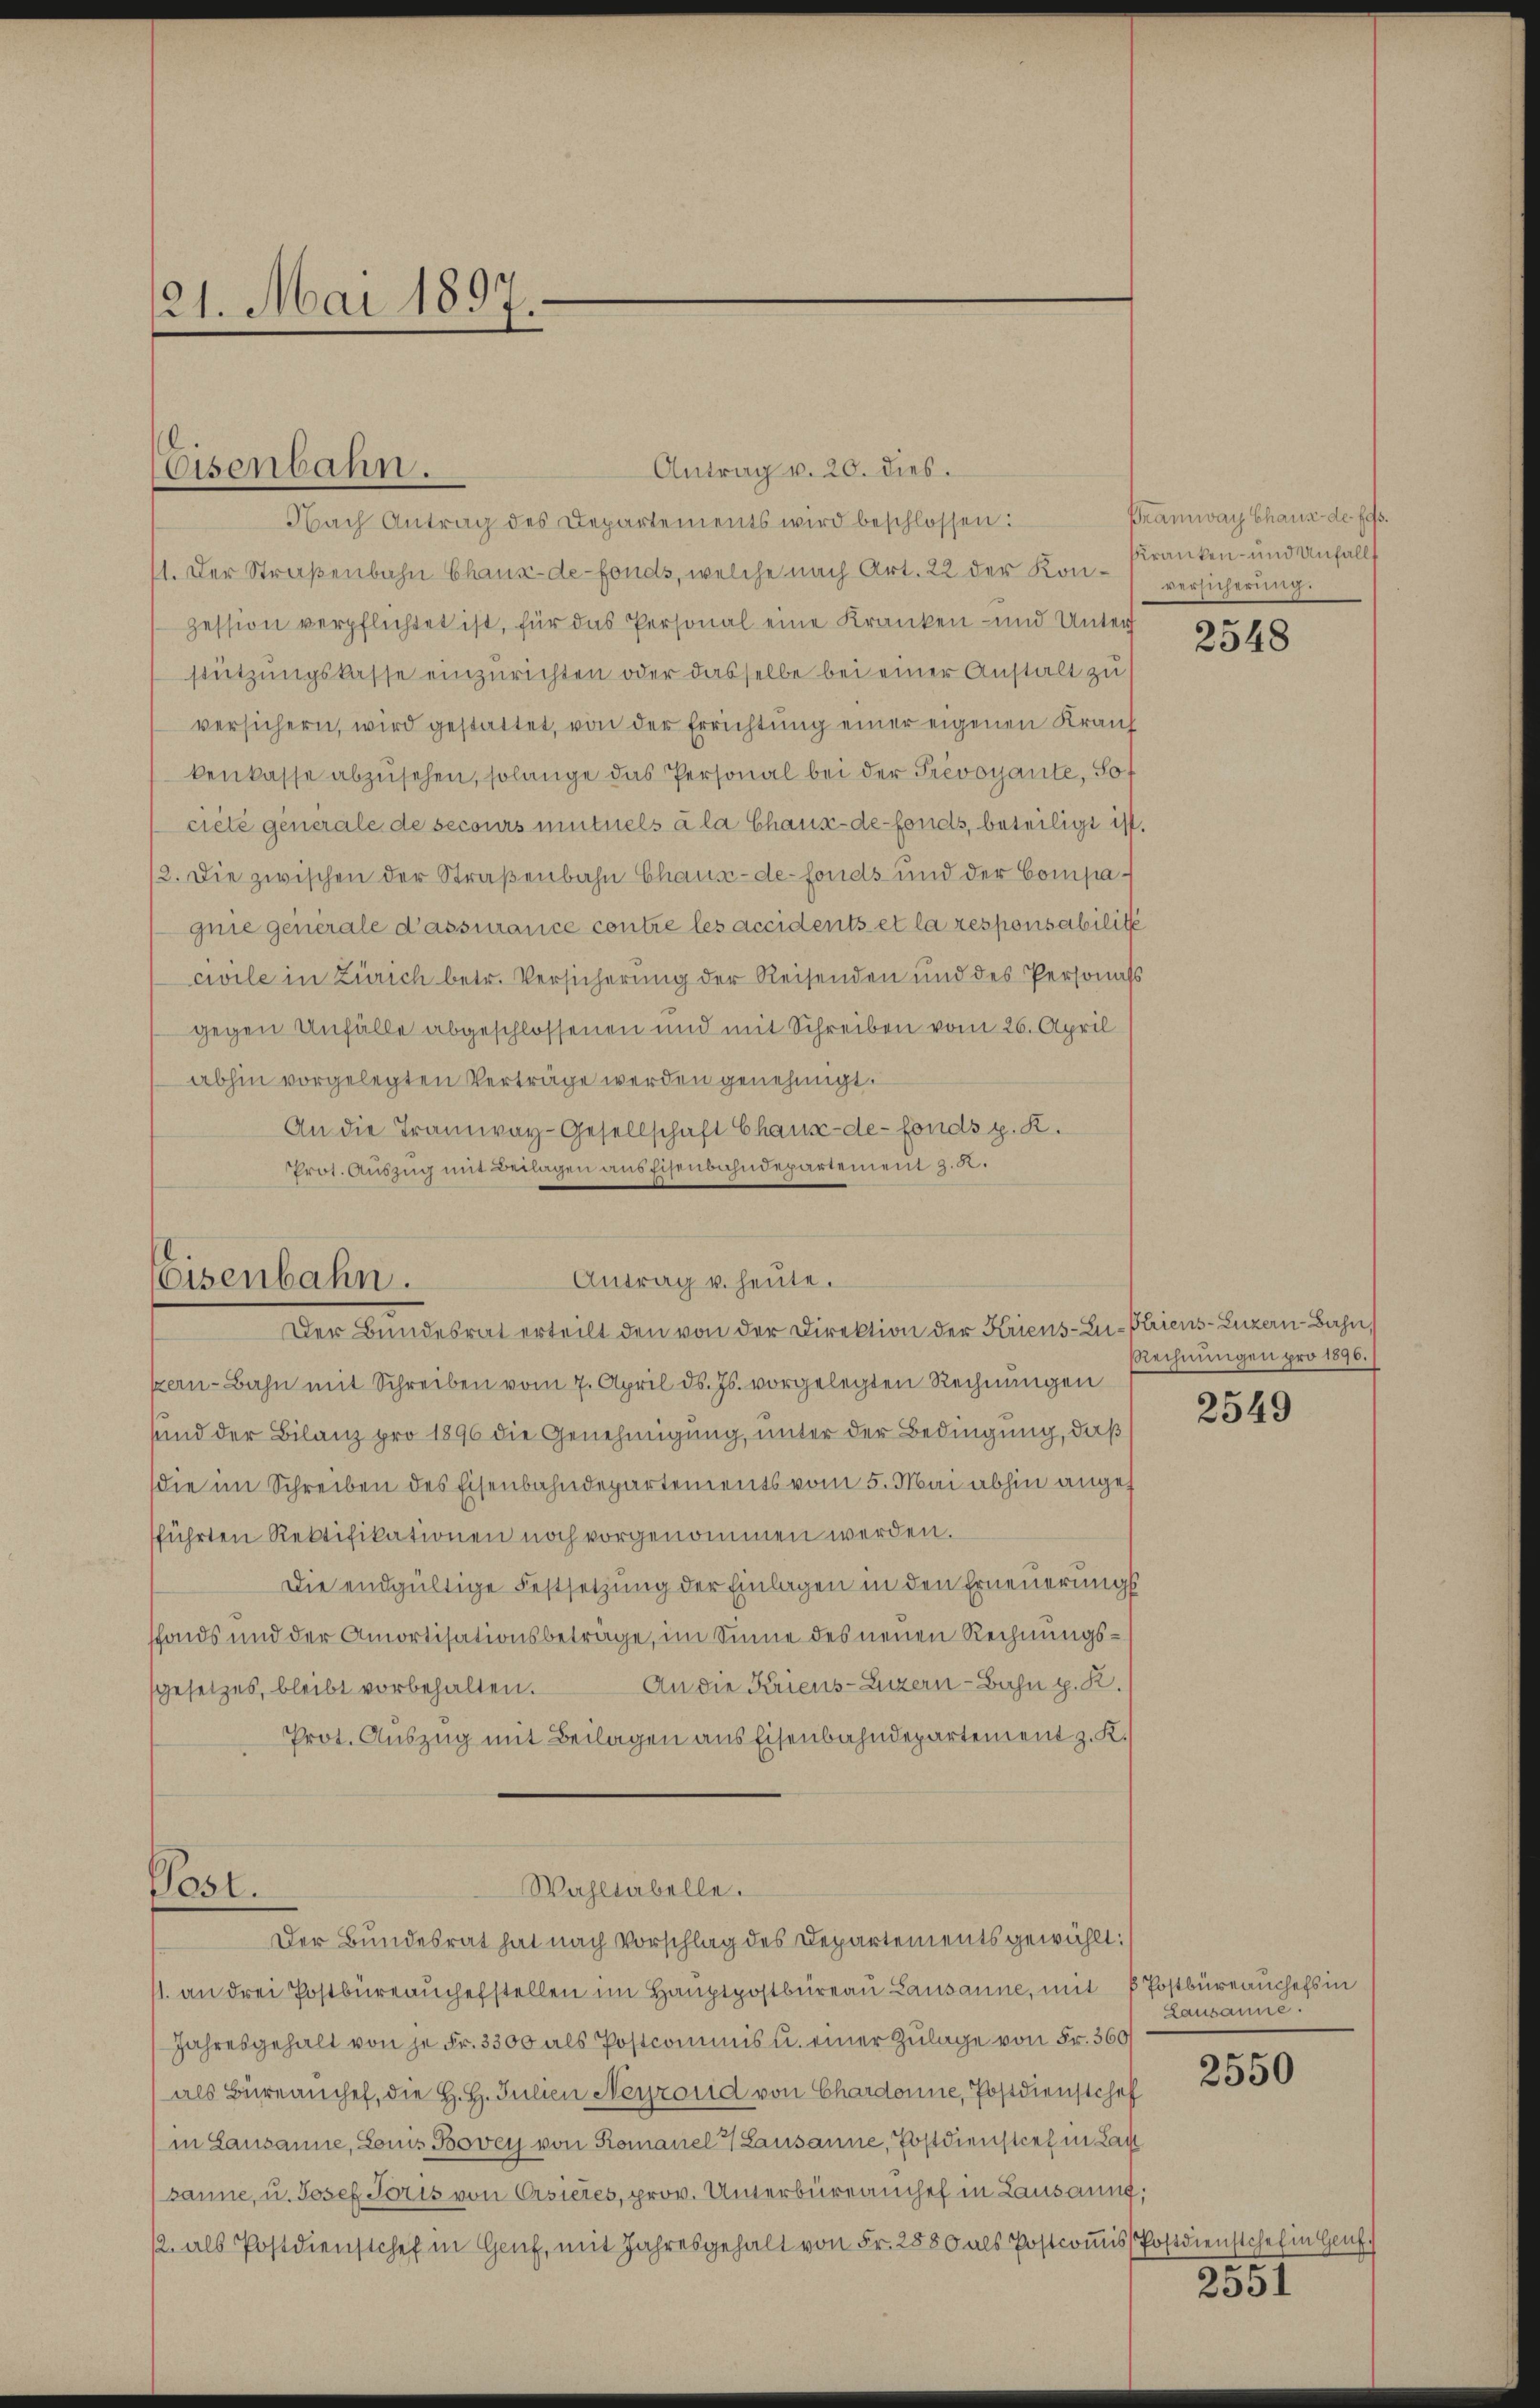
21. Mai 1897.

Eisenbahn.

Antrag v. 20. dies.
Nach Antrag des Departements wird beschlossen:
11. Der Straβenbahn Chaux-de-Fonds, welche nach Art. 22 der Kon- versicherŭng.
zession verpflichtet ist, für das Personal eine Kranken- und Unter
stützungskasse einzurichten oder dasselbe bei einer Anstalt zu
versichern, wird gestattet, von der Errichtung einer eigenen Krauf
kenkasse abzŭsehen, solange das Personal bei der Prevoyante, So
ciete generale de secours mutuels à la Chaux-de-Fonds, beteiligt ist.
12. Die zwischen der Straßenbahn Chaux-de-Fonds und der Compagnie generale d’assurance contre les accidents et la responsabilité
civile in Zürich betr. Versicherung der Reisenden und des Personats
gegen Unfälle abgeschlossenen und mit Schreiben vom 26. April
abhin vorgelegten Verträge werden genehmigt.
An die Tramway-Gesellschaft Chaux-de-Fonds z. R.
Prot. Auszug mit Beilagen aus Eisenbahndepartement z. R.
Antrag u. heute.
Eisenbahn.
Der Bundesrat erteilt den von der Direktion der Kriens-Zu-Plriens-Luzern Bahn,
kern-Bahn mit Schreiben vom 7. April d. Js. vorgelegten Rechnungen
sund der Bilanz pro 1890 die Genehmigung, unter der Bedingung, daß
die im Schreiben des Eisenbahndepartements vom 5. Mai abhin angef
fführten Rektifikationen noch vorgenommen werden.
Die endgültige Festsetzung der Einlagen in den Erneuerungs
ffonds und der Amortisationsbeträge, im Sinne des neuen Rechnungs¬
An die Kriens-Luzern - Bahn p. R.
sgesetzes, bleibt vorbehalten.
Prot. Auszug mit Beilagen aus Eisenbahndepartement z. K.

Post.
Wahltabelle.
Der Bundesrat hat nach Vorschlag des Departements gewählt:

11. an drei Postbüreaŭchefstellen im Hauptpostbüreau Lausanne, mit 8 Postbüreauchefs in
Jahresgehalt von je Fr. 3300 als Postcommis u. einer Zulage von Fr. 360
als Büreanchef, die H. H. Julien Neyzorid von Chardonne, Postdienstchef
in Lausanne, Louis Bovey von Romanel 2 Lausanne, Postdienstief in Lan
sanne, u. Josef Poris von Crsieres, prov. Unterbüreanchef in Lausaung;
2. als Postdienstchef in Genf, mit Jahresgehalt von Fr. 2880 als Postcoṁis Postdienstehen in Genf.

Pramway Chaus de fa
kranken- und Unfalls

2548

Rechnungen pro 1896.)

2549

Lausanne.

2550

2551